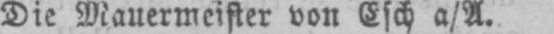
Die Mauermeister von Esch a/A.